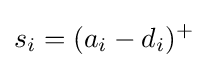
s_{i}=(a_{i}-d_{i})^{+}